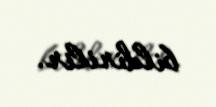
bildirilir.